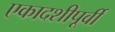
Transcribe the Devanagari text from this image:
एकादशीपूर्वी